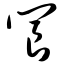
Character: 阆